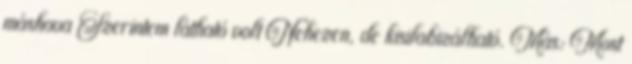
máshova Szerintem látható volt Nehezen, de kisilabizálható. Más: Most